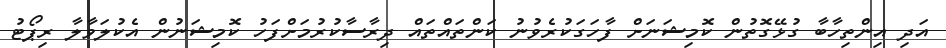
އަދި އިންތިހާބާ ގުޅޭގޮތުން ކޮމިޝަނަށް ފާހަގަކުރެވުނު ކަންތައްތައް ދިރާސާކުރުމަށްފަހު ކޮމިޝަނުން އެކުލަވާލާ ރިޕޯޓު